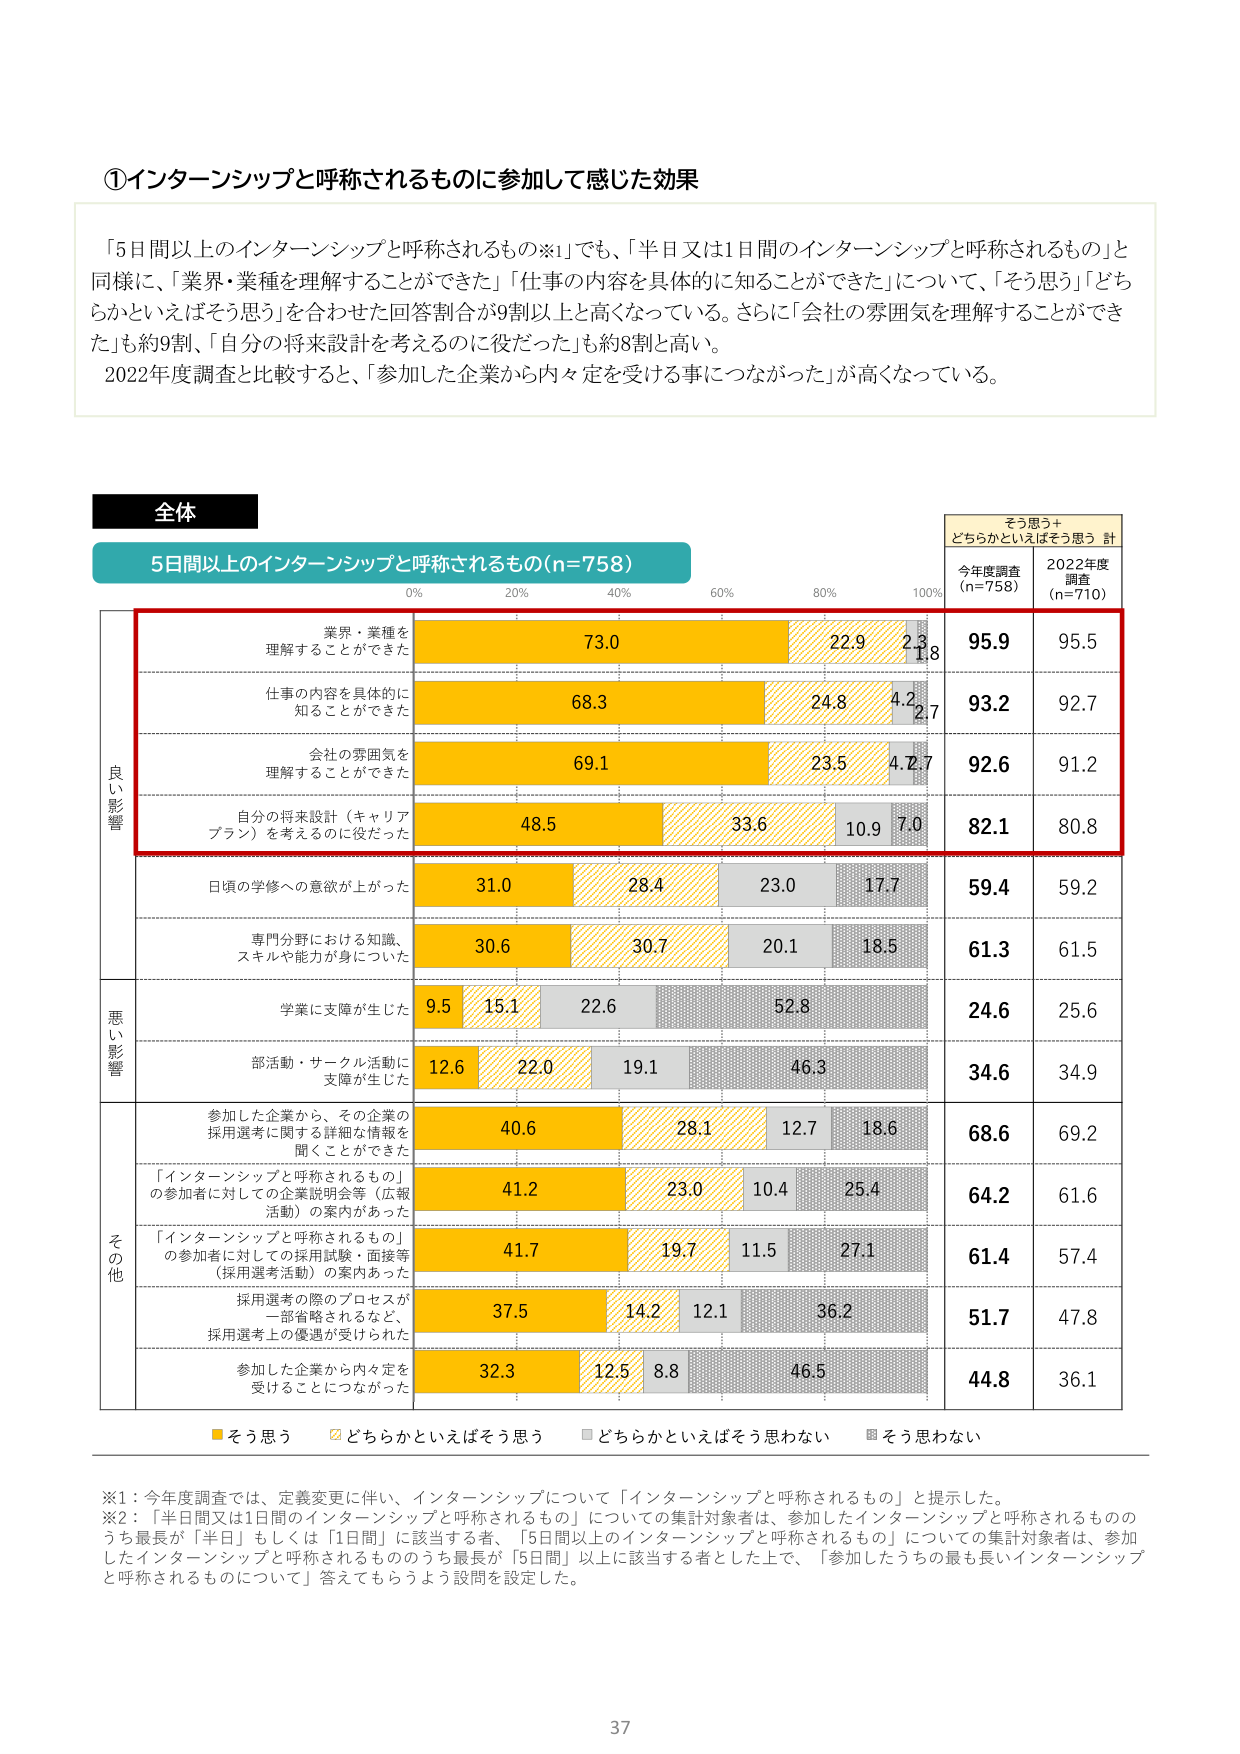
①インターンシップと呼称されるものに参加して感じた効果

「5日間以上のインターンシップと呼称されるもの※1」でも、「半日又は1日間のインターンシップと呼称されるもの」と同様に、「業界・業種を理解することができた」「仕事の内容を具体的に知ることができた」について、「そう思う」「どちらかといえばそう思う」を合わせた回答割合が9割以上と高くなっている。さらに「会社の雰囲気を理解することができた」も約9割、「自分の将来設計を考えるのに役だった」も約8割と高い。
2022年度調査と比較すると、「参加した企業から内々定を受ける事につながった」が高くなっている。

全体
5日間以上のインターンシップと呼称されるもの(n=758)

そう思う＋
どちらかといえばそう思う 計

今年度調査
(n=758)
2022年度
調査
(n=710)

良
い
影
響

業界・業種を
理解することができた
73.0
22.9
2.2
1.8
95.9
95.5

仕事の内容を具体的に
知ることができた
68.3
24.8
4.2
2.7
93.2
92.7

会社の雰囲気を
理解することができた
69.1
23.5
4.2
2.7
92.6
91.2

自分の将来設計（キャリア
プラン）を考えるのに役だった
48.5
33.6
10.9
7.0
82.1
80.8

日頃の学修への意欲が上がった
31.0
28.4
23.0
17.7
59.4
59.2

専門分野における知識、
スキルや能力が身についた
30.6
30.7
20.1
18.5
61.3
61.5

悪
い
影
響

学業に支障が生じた
9.5
15.1
22.6
52.8
24.6
25.6

部活動・サークル活動に
支障が生じた
12.6
22.0
19.1
46.3
34.6
34.9

そ
の
他

参加した企業から、その企業の
採用選考に関する詳細な情報を
聞くことができた
40.6
28.1
12.7
18.6
68.6
69.2

「インターンシップと呼称されるもの」
の参加者に対しての企業説明会等（広報
活動）の案内があった
41.2
23.0
10.4
25.4
64.2
61.6

「インターンシップと呼称されるもの」
の参加者に対しての採用試験・面接等
（採用選考活動）の案内あった
41.7
19.7
11.5
27.1
61.4
57.4

採用選考の際のプロセスが
一部省略されるなど、
採用選考上の優遇が受けられた
37.5
14.2
12.1
36.2
51.7
47.8

参加した企業から内々定を
受けることにつながった
32.3
12.5
8.8
46.5
44.8
36.1

■そう思う
□どちらかといえばそう思う
■どちらかといえばそう思わない
■そう思わない

※1：今年度調査では、定義変更に伴い、インターンシップについて「インターンシップと呼称されるもの」と提示した。
※2：「半日間又は1日間のインターンシップと呼称されるもの」についての集計対象者は、参加したインターンシップと呼称されるもののうち最長が「半日」もしくは「1日間」に該当する者、「5日間以上のインターンシップと呼称されるもの」についての集計対象者は、参加したインターンシップと呼称されるもののうち最長が「5日間」以上に該当する者とした上で、「参加したうちの最も長いインターンシップと呼称されるものについて」答えてもらうよう設問を設定した。

37